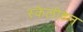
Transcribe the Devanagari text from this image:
स्केलीटन